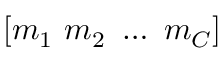
[ m _ { 1 } \ m _ { 2 } \ \dots \ m _ { C } ]